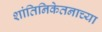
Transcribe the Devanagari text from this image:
शांतिनिकेतनाच्या